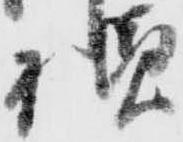
様